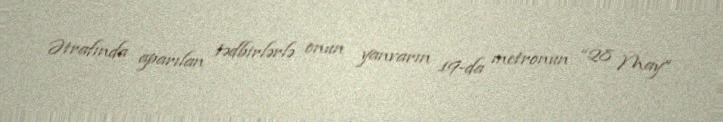
Ətrafında aparılan tədbirlərlə onun yanvarın 19-da metronun “28 May”